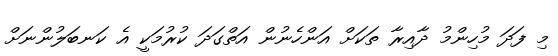
މި ފަދަ މުހިންމު ދާއިރާ ތަކަށް އަންހެނުން އަތްގަދަ ކުރުމަކީ އެ ކަނބަލުންނަށް